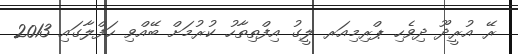
ރޭ އުރީދޫ ދިވެހި ޕްރިމިއަރ ލީގު އިފްތިތާހު ކުރުމަށް ބޭއްވި ހަފްލާގައި 2013